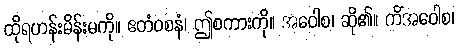
ထိုရဟန်းမိန်းမကို။ ဧတံဝစနံ၊ ဤစကားကို။ အဝေါစ၊ ဆို၏။ ကိံအဝေါစ၊